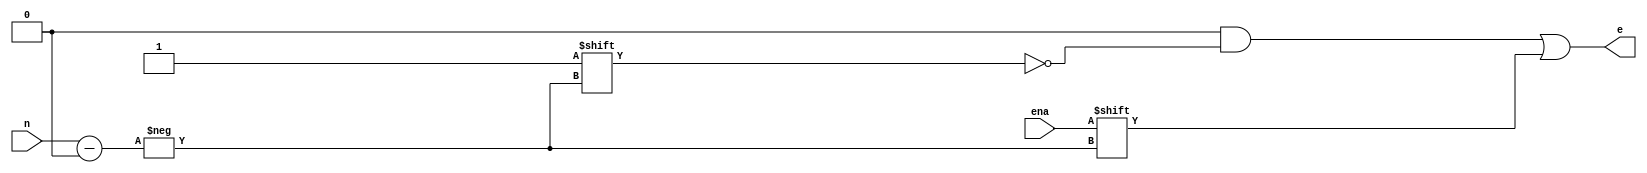
module decoder3e(n,ena,e);
   input [2:0] n;
   input       ena;
   output [7:0] e;
   reg [7:0]   e;
   
   always @ (ena or n)
     begin
	e = 8'b0;
	e[n] = ena;
     end
   
endmodule // decoder3e